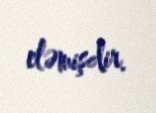
eləmişdir.